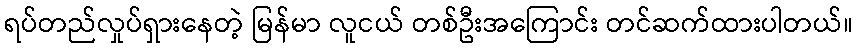
ရပ်တည်လှုပ်ရှားနေတဲ့ မြန်မာ လူငယ် တစ်ဦးအကြောင်း တင်ဆက်ထားပါတယ်။